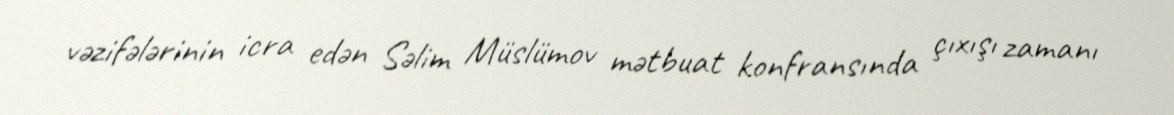
vəzifələrinin icra edən Səlim Müslümov mətbuat konfransında çıxışı zamanı